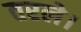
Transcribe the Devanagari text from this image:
तरले।